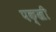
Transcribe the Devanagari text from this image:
पक्खी